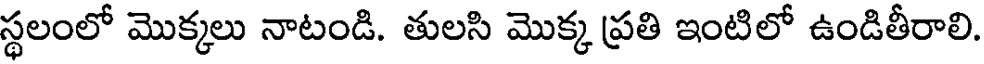
స్థలంలో మొక్కలు నాటండి. తులసి మొక్క ప్రతి ఇంటిలో ఉండితీరాలి.